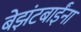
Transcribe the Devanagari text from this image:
बेझंटबाईंना